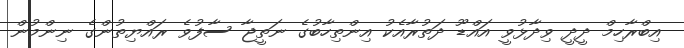
އިބްރާހިމް ދީދީ ވިދާޅުވީ އައްޑޫ ދަތުރާއެކު އިންތިހާބުގެ ނަތީޖާ ސާފުވެ ރައްޔިތުންގެ ނިންމުން